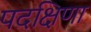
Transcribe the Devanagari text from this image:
पदक्षिणा